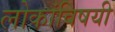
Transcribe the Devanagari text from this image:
लोकांविषयी